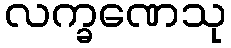
လက္ခဏေသု